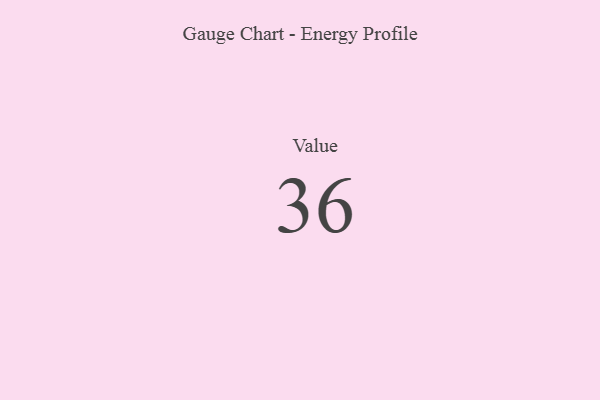
{"axis": {"x": "Metric", "y": "Value"}, "legend": [""], "data": [{"x": "Value", "y": 36, "type": ""}]}